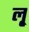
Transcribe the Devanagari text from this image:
लृ्